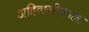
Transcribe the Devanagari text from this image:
अहिवासीनगला